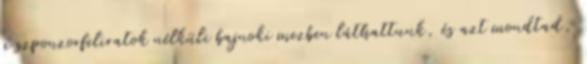
a szponzorfeliratok nélküli bajnoki mezben láthattunk, és azt mondtad,